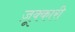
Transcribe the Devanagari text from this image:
ज़ूक्कारी